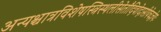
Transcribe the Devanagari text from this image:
अन्यश्चात्रविशेषस्त्रिस्थलीसेतौदिवोदासीयेचज्ञेयः